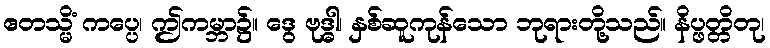
ဧတသ္မိံ ကပ္ပေ၊ ဤကမ္ဘာ၌။ ဒွေ ဗုဒ္ဓါ၊ နှစ်ဆူကုန်သော ဘုရားတို့သည်။ နိပ္ဖတ္တိတု၊